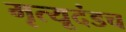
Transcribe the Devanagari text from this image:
मृत्यूदंडच